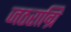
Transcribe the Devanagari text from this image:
जठराग्रि